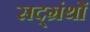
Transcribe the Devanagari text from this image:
सद्ग्रंथों